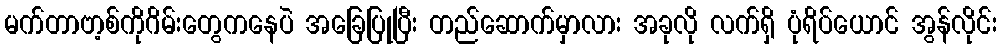
မက်တာဗာ့စ်ကိုဂိမ်းတွေကနေပဲ အခြေပြုပြီး တည်ဆောက်မှာလား အခုလို လက်ရှိ ပုံရိပ်ယောင် အွန်လိုင်း